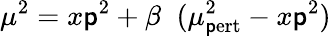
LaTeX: \mu^{2}=x\mathsf{p}^{2}+\beta\; \; (\mu_{\mathrm{{\mathsf{p}ert}}}^{2}-x\mathsf{p}^{2})